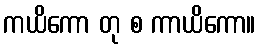
ကယိကော တု စ ကာယိကော။